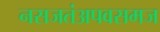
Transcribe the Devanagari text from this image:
नसजतंअपवसमज